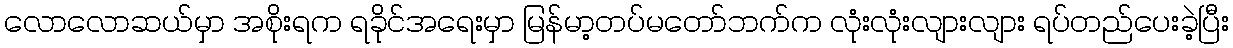
လောလောဆယ်မှာ အစိုးရက ရခိုင်အရေးမှာ မြန်မာ့တပ်မတော်ဘက်က လုံးလုံးလျားလျား ရပ်တည်ပေးခဲ့ပြီး